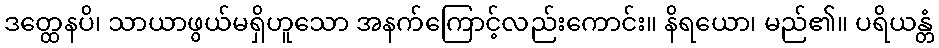
ဒတ္ထေနပိ၊ သာယာဖွယ်မရှိဟူသော အနက်ကြောင့်လည်းကောင်း။ နိရယော၊ မည်၏။ ပရိယန္တံ